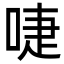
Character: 啑